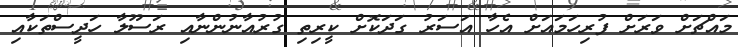
މައްޗަށް ވަރަށް ފުރިހަމައަށް އެހާ އަސަރު ގަދަކޮށް ކީރިތި ގުރުއާނުންނާއި ރަސޫލާ ހަދީސްތަކާއި